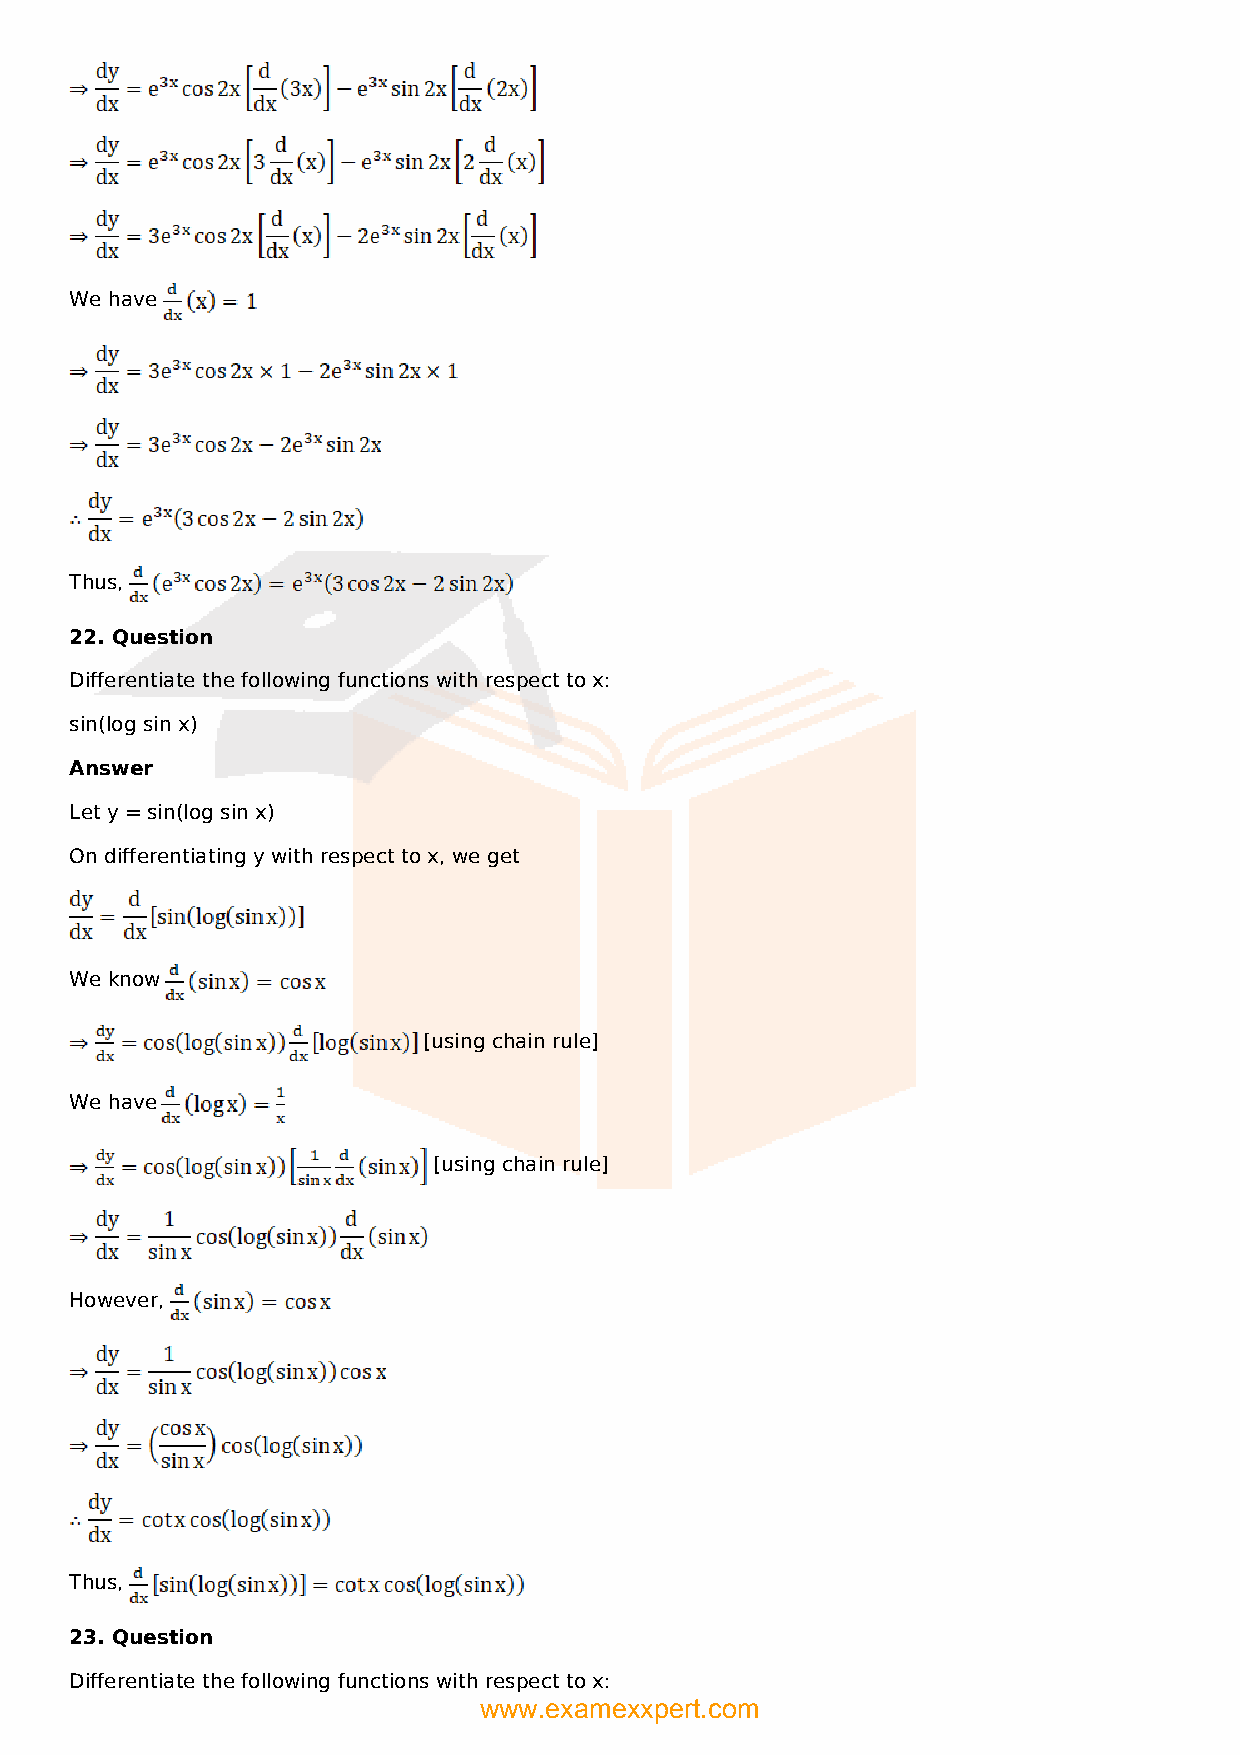
We have
 Thus,
 22. Question
 Differentiate the following functions with respect to x:
 sin(log sin x)
 Answer
 Let y = sin(log sin x)
 On differentiating y with respect to x, we get
 We know
 [using chain rule]
 We have
 [using chain rule]
 However,
 Thus,
 23. Question
 Differentiate the following functions with respect to x:
 www.examexxpert.com